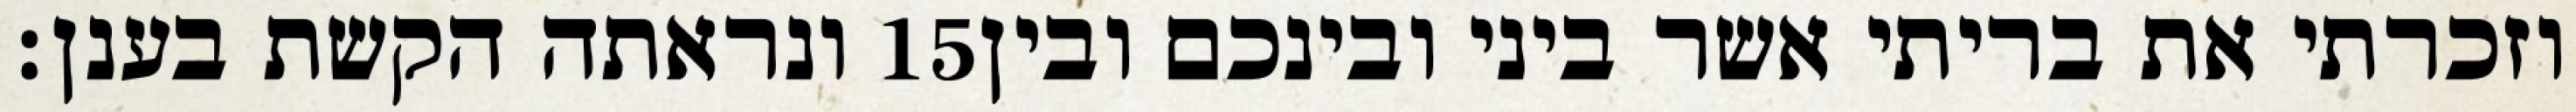
ונראתה הקשת בענן׃ ‎15‏ וזכרתי את בריתי אשר ביני ובינכם ובין